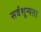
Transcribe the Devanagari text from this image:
सर्वशून्यता